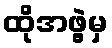
ထိုအဖွဲ့မှ